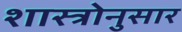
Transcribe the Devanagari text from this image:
शास्त्रोनुसार